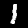
Digit: 1